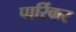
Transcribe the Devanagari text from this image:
पार्रिकर